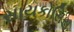
સાયકોસિસ